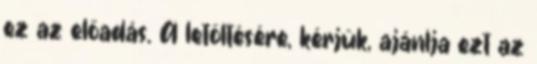
ez az előadás. A letöltésére, kérjük, ajánlja ezt az